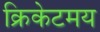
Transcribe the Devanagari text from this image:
क्रिकेटमय